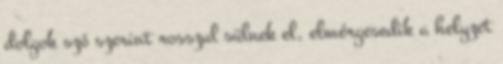
dolgok szó szerint rosszul sülnek el, elmérgesedik a helyzet